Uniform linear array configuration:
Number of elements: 12
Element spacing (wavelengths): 0.75
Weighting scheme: blackman
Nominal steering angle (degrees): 60
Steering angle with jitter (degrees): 61.012
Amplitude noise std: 0.05
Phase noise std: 0.05

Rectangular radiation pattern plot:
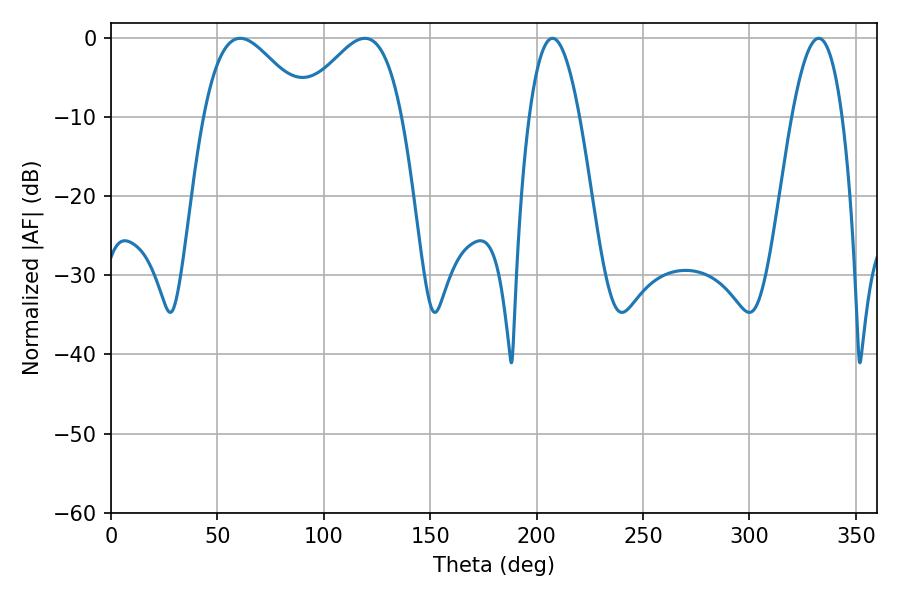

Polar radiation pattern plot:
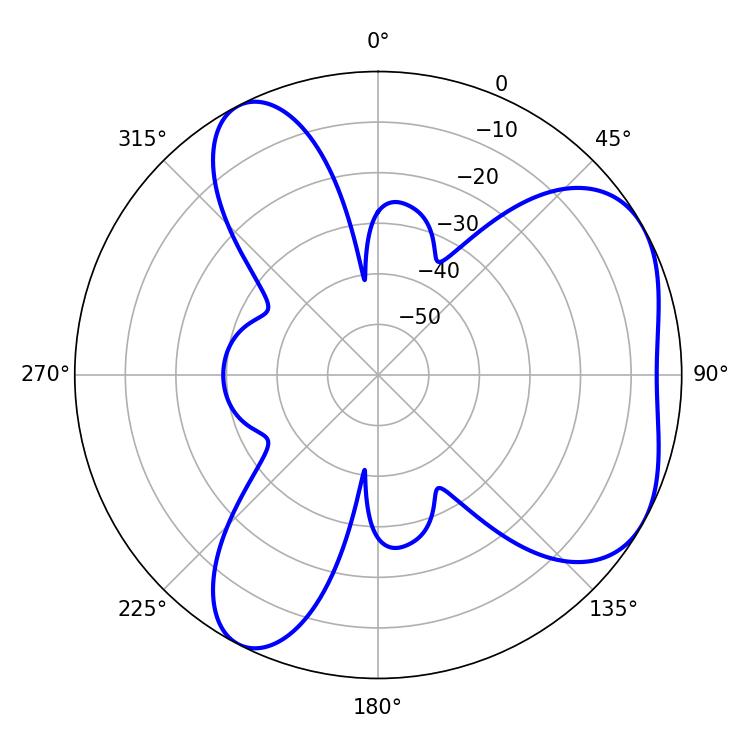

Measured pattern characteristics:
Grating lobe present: TRUE
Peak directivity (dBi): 4.907
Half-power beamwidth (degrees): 26.1
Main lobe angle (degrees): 60.66